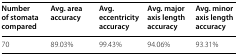
| Number of stomata compared | Avg. area accuracy | Avg. eccentricity accuracy | Avg. major axis length accuracy | Avg. minor axis length accuracy |
 | --- | --- | --- | --- | --- |
 | 70 | 89.03% | 99.43% | 94.06% | 93.31% |